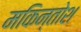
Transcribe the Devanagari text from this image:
मकिन्तोश